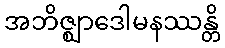
အဘိဇ္ဈာဒေါမနဿန္တိ